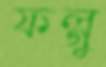
ফল্গু